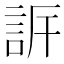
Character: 𧦡